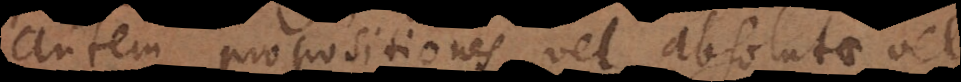
autem propositiones vel absolutae vel